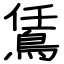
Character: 鵀